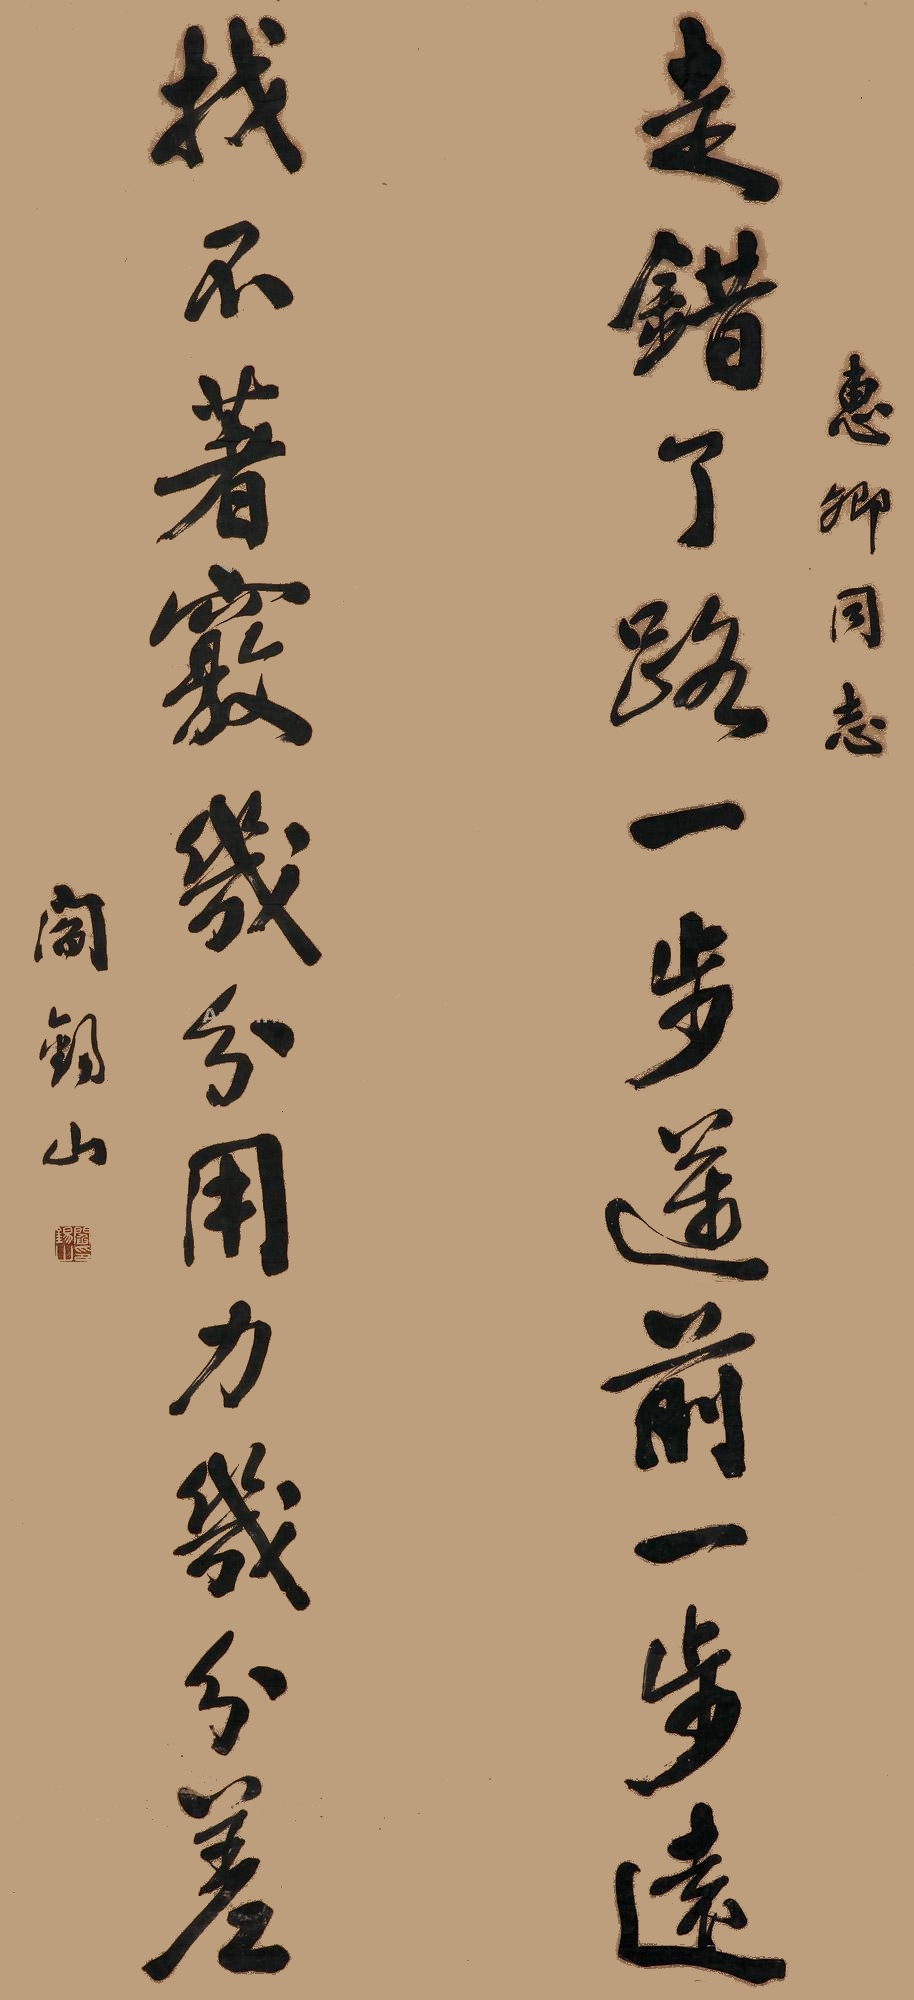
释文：走错了路一步迈前一步远，找不着窍几分用力几分差。惠卿同志，阎锡山。